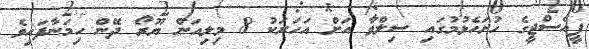
ޕީއެސްޖީގެ ހުށަހެޅުމުގައި ސިލްވާ އަށް އަހަރަކު 8 މިލިއަން ޔޫރޯ ދޭން ހިމަނާފައިވެ